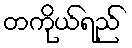
တကိုယ်ရည်